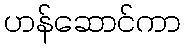
ဟန်ဆောင်ကာ